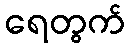
ရေတွက်